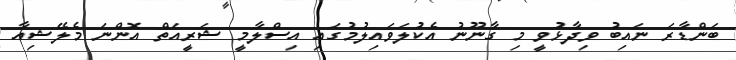
ބަންޑާރަ ނައިބު ވިދާޅުވީ މި ގާނޫނު އެކުލަވައިލުމުގައި އިސްލާމީ ޝަރީއަތް އޮންނަ މެލޭޝިއާ